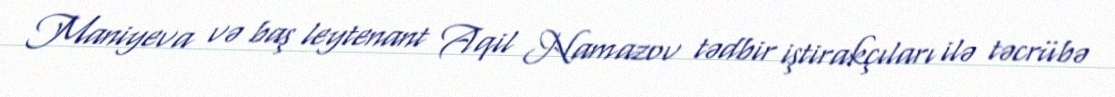
Maniyeva və baş leytenant Aqil Namazov tədbir iştirakçıları ilə təcrübə